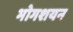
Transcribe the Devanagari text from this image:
भोगशयन